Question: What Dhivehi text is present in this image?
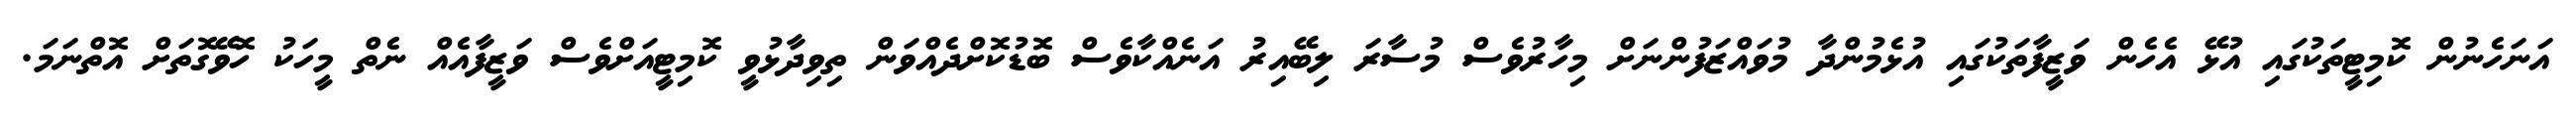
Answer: އަނަހެނުން ކޮމިޓީތަކުގައި އުޅޭ އެހެން ވަޒީފާތަކުގައި އުޅެމުންދާ މުވައްޒަފުންނަށް މިހާރުވެސް މުސާރަ ލިބޭއިރު އަނެއްކާވެސް ބޮޑުކޮށްދެއްވަން ތިވިދާޅުވީ ކޮމިޓީއަށްވެސް ވަޒީފާއެއް ނެތް މީހަކު ހޮވޭގޮތަށް އޮތްނަމަ.